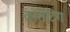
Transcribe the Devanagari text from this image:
क्रोशेटिंग